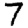
Digit: 7